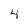
Character: 4